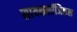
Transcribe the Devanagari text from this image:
सायकलॉजिकल